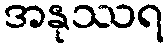
အနုဿရ